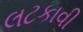
લટકાવી